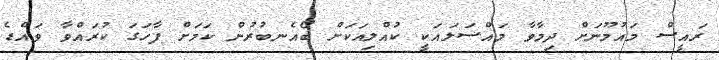
ރައީސް މައުމޫނަށް ދިމާވާ މައްސަލައަކީ ކުއްލިއަކަށް ބޯއެނބުރުން ކަމަށް ފާހަގަ ކުރައްވާ ވައްޑެ